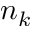
n _ { k }